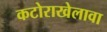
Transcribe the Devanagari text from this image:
कटोराखेलावा